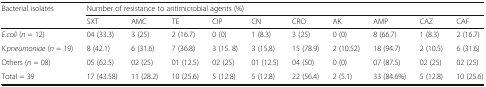
<table><thead><tr><td rowspan="2"><b>Bacterial isolates</b></td><td colspan="10"><b>Number of resistance to antimicrobial agents (%)</b></td></tr><tr><td><b>SXT</b></td><td><b>AMC</b></td><td><b>TE</b></td><td><b>CIP</b></td><td><b>CN</b></td><td><b>CRO</b></td><td><b>AK</b></td><td><b>AMP</b></td><td><b>CAZ</b></td><td><b>CAF</b></td></tr></thead><tbody><tr><td><i>E.coli</i> (<i>n</i> = 12)</td><td>04 (33.3)</td><td>3 (25)</td><td>2 (16.7)</td><td>0 (0)</td><td>1 (8.3)</td><td>3 (25)</td><td>0 (0)</td><td>8 (66.7)</td><td>1 (8.3)</td><td>2 (16.7)</td></tr><tr><td><i>K.pneumoniae</i> (<i>n</i> = 19)</td><td>8 (42.1)</td><td>6 (31.6)</td><td>7 (36.8)</td><td>3 (15. 8)</td><td>3 (15.8)</td><td>15 (78.9)</td><td>2 (10.52)</td><td>18 (94.7)</td><td>2 (10.5)</td><td>6 (31.6)</td></tr><tr><td>Others (<i>n</i> = 08)</td><td>05 (62.5)</td><td>02 (25)</td><td>01 (12.5)</td><td>02 (25)</td><td>01 (12.5)</td><td>04 (50)</td><td>0 (0)</td><td>07 (87.5)</td><td>02 (25)</td><td>02 (25)</td></tr><tr><td>Total = 39</td><td>17 (43.58)</td><td>11 (28.2)</td><td>10 (25.6)</td><td>5 (12.8)</td><td>5 (12.8)</td><td>22 (56.4)</td><td>2 (5.1)</td><td>33 (84.6%)</td><td>5 (12.8)</td><td>10 (25.6)</td></tr></tbody></table>